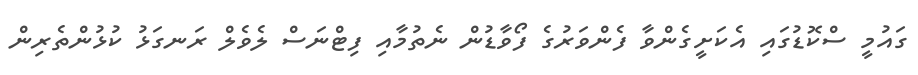
ގައުމީ ސްކޮޑުގައި އެކަށީގެންވާ ފެންވަރުގެ ފޯވާޑުން ނެތުމާއި ފިޓްނަސް ލެވެލް ރަނގަޅު ކުޅުންތެރިން